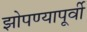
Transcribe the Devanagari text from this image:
झोपण्यापूर्वी